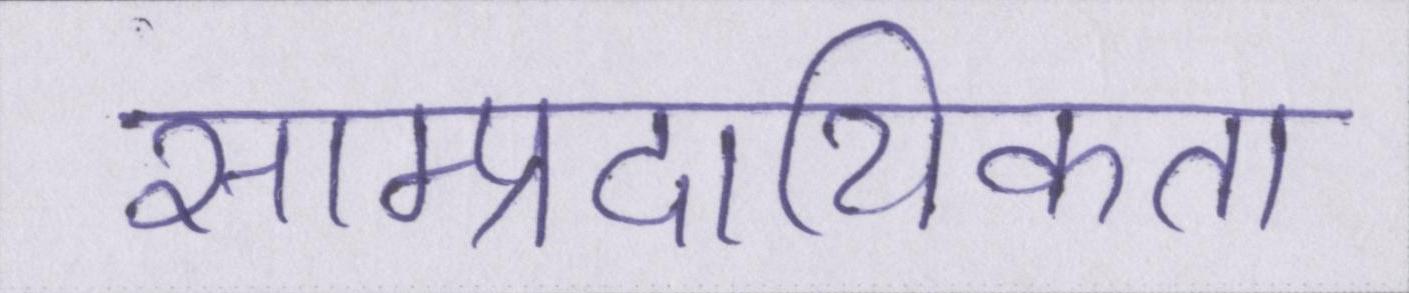
साम्प्रदायिकता